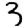
Digit: 3